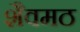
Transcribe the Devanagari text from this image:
शैवमठ